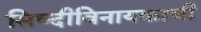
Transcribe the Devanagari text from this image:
सिघ्दीविनायकाची